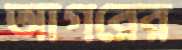
আগরের